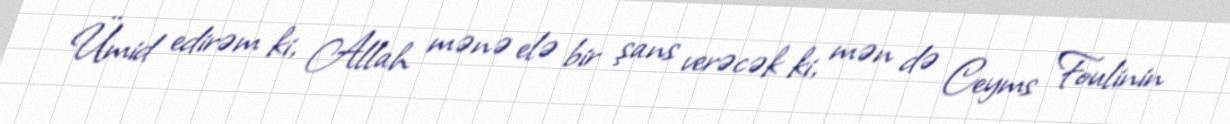
Ümid edirəm ki, Allah mənə elə bir şans verəcək ki, mən də Ceyms Foulinin